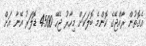
އެގޮތުން ރާއްޖޭގެ ކޮންމެ ބޮލަކަށް މިހާރު ޖެހޭ 4500 ޑޮލަރު އޭނާ އަށް